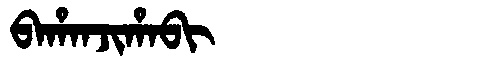
Manchu: ᠪᠠᡥᠠᠨᠵᡳᡥᠠᠪᡳ
Romanization: BAHANJIHABI